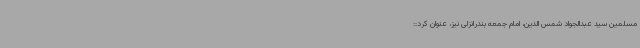
مسلمین سید عبدالجواد شمس الدین، امام جمعه بندرانزلی نیز، عنوان کرد::